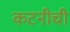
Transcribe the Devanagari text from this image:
कटनीची